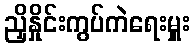
ညှိနှိုင်းကွပ်ကဲရေးမှူး